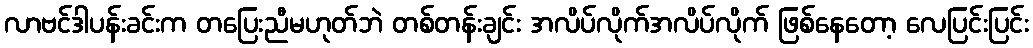
လာဗင်ဒါပန်းခင်းက တပြေးညီမဟုတ်ဘဲ တစ်တန်းချင်း အလိပ်လိုက်အလိပ်လိုက် ဖြစ်နေတော့ လေပြင်းပြင်း